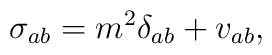
\sigma _{ab}=m^2\delta _{ab}+v_{ab},